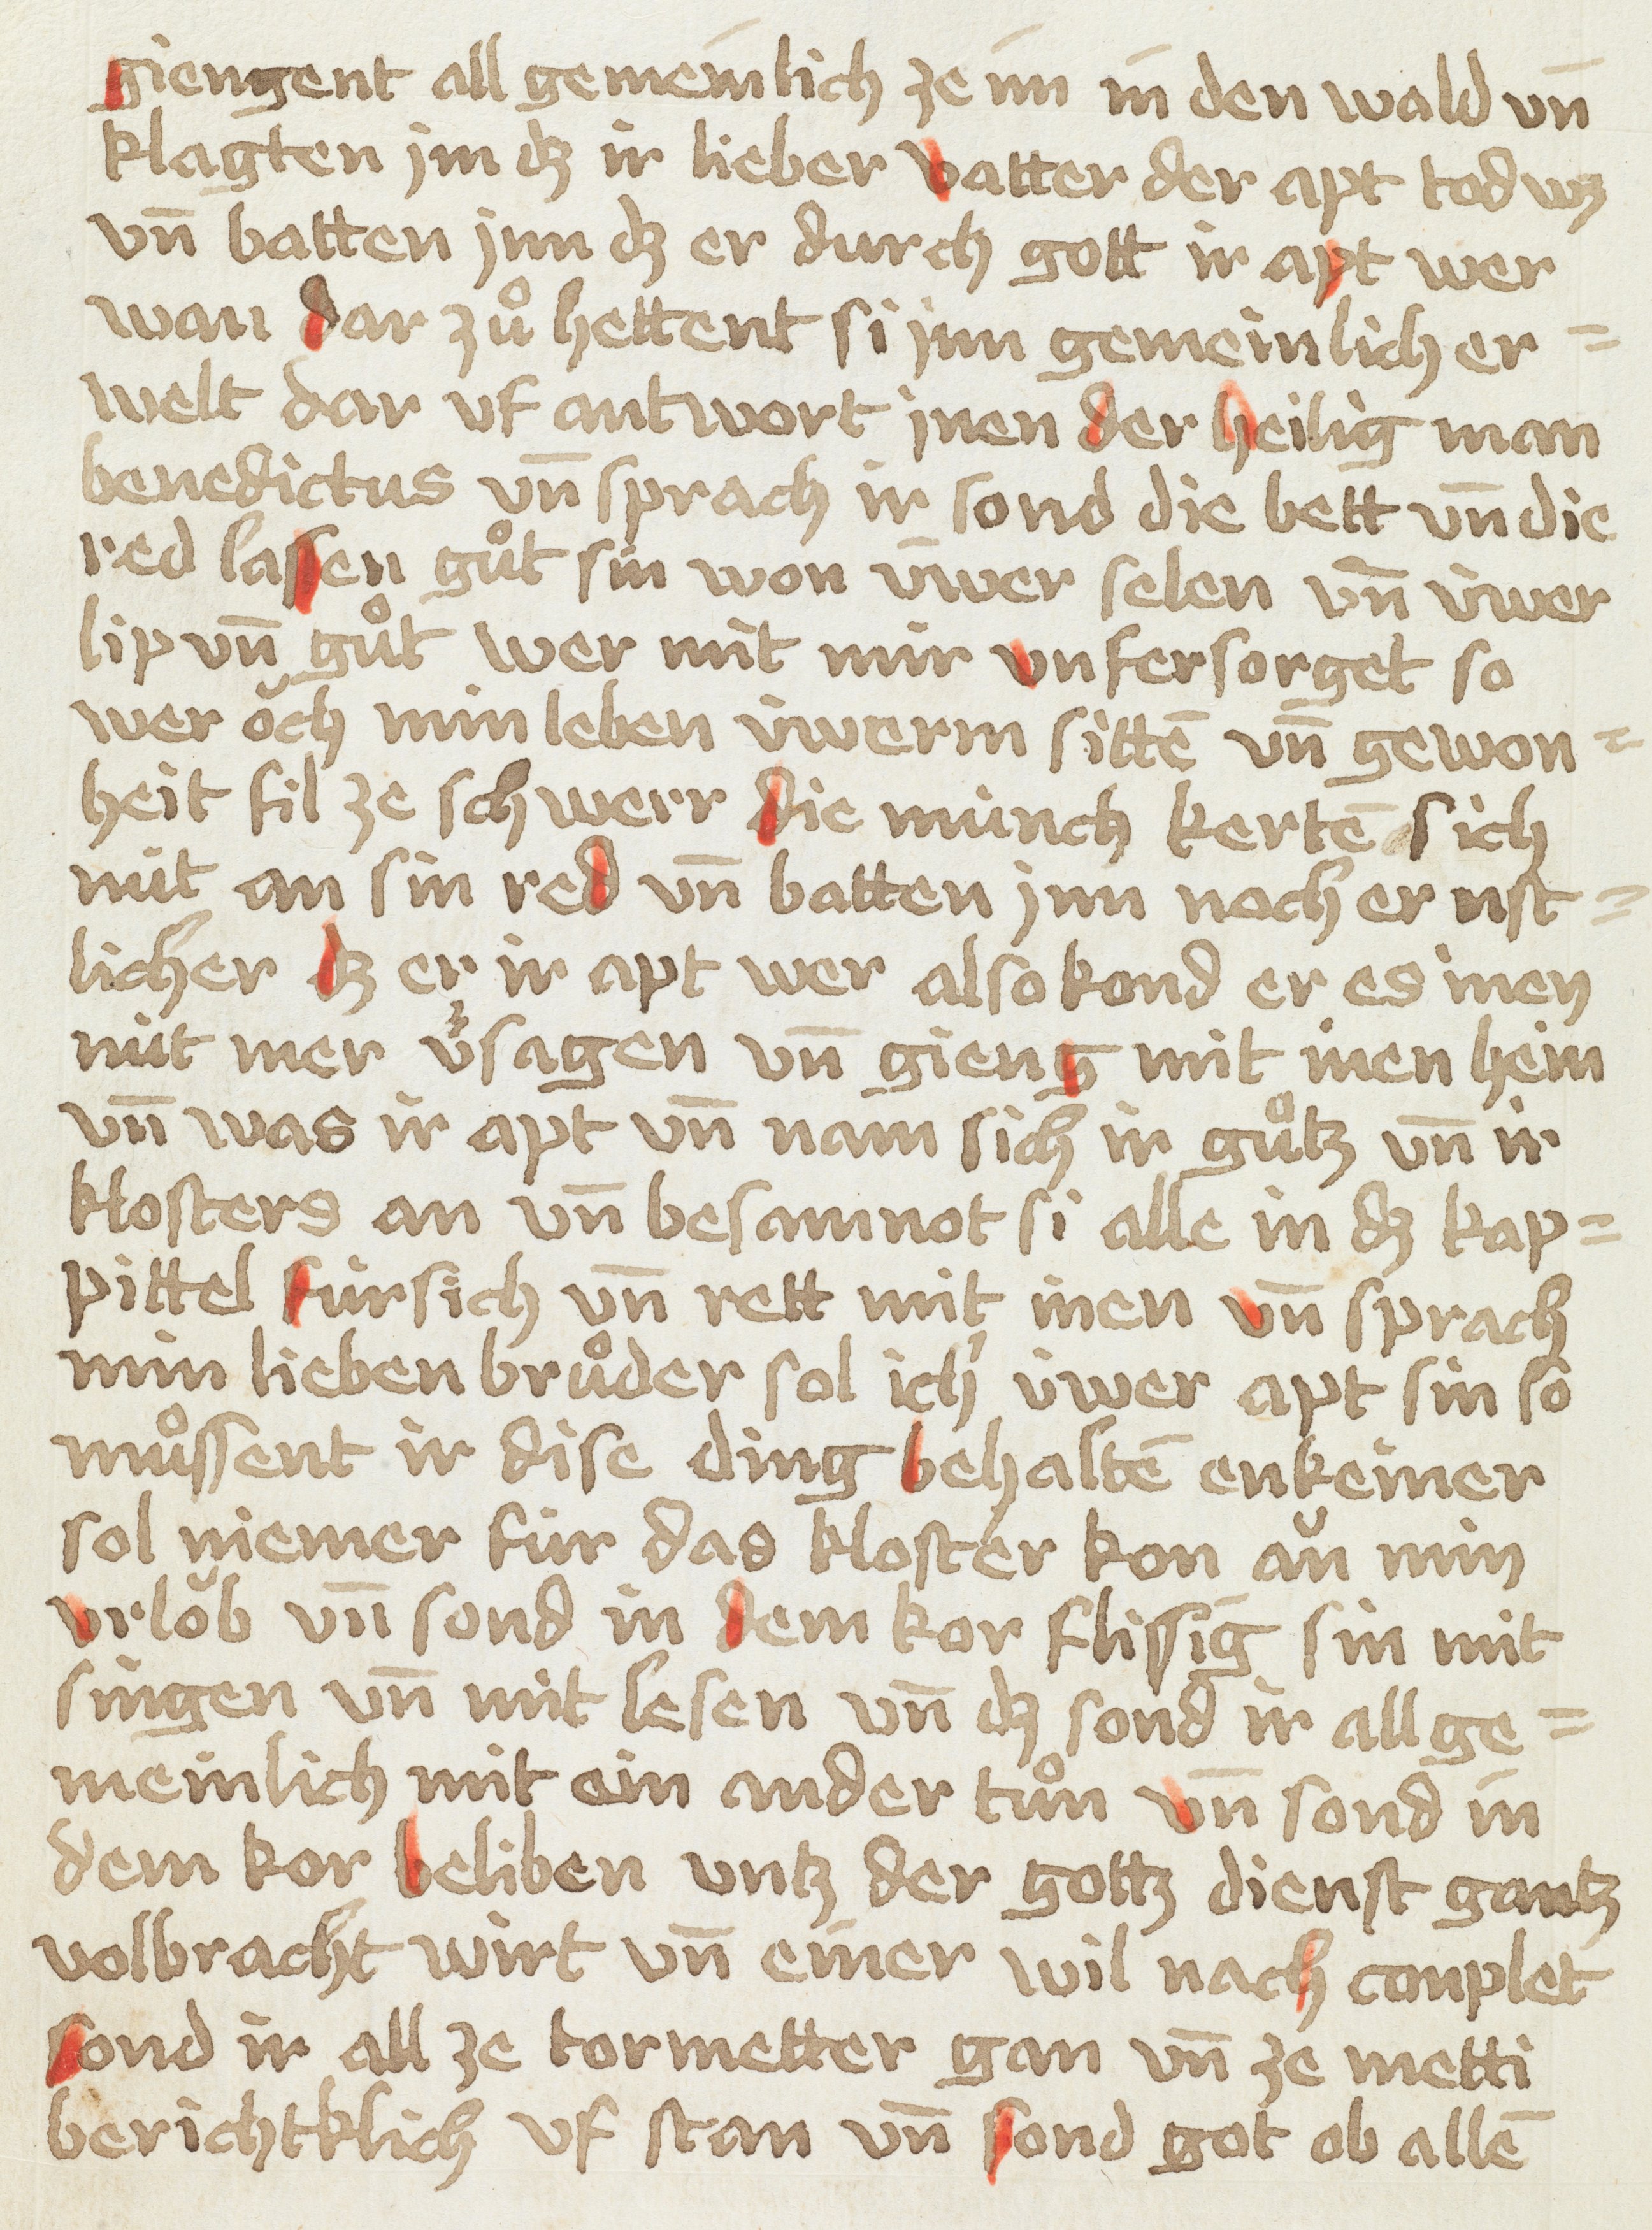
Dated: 1449–1449